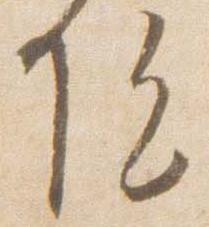
院